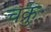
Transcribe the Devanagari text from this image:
चक्रुः